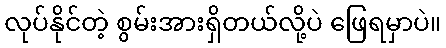
လုပ်နိုင်တဲ့ စွမ်းအားရှိတယ်လို့ပဲ ဖြေရမှာပဲ။